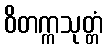
ဝိတက္ကသုတ္တံ